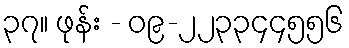
၃၇။ ဖုန်း - ၀၉-၂၂၃၃၄၄၅၅၆